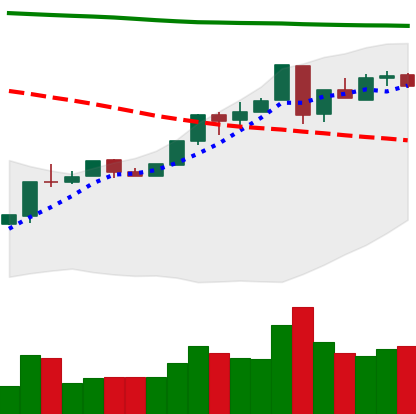
Ticker: ETH-USD
Chart end date: 2018-04-30
Forward return: 21.823%
Label: up_7plus